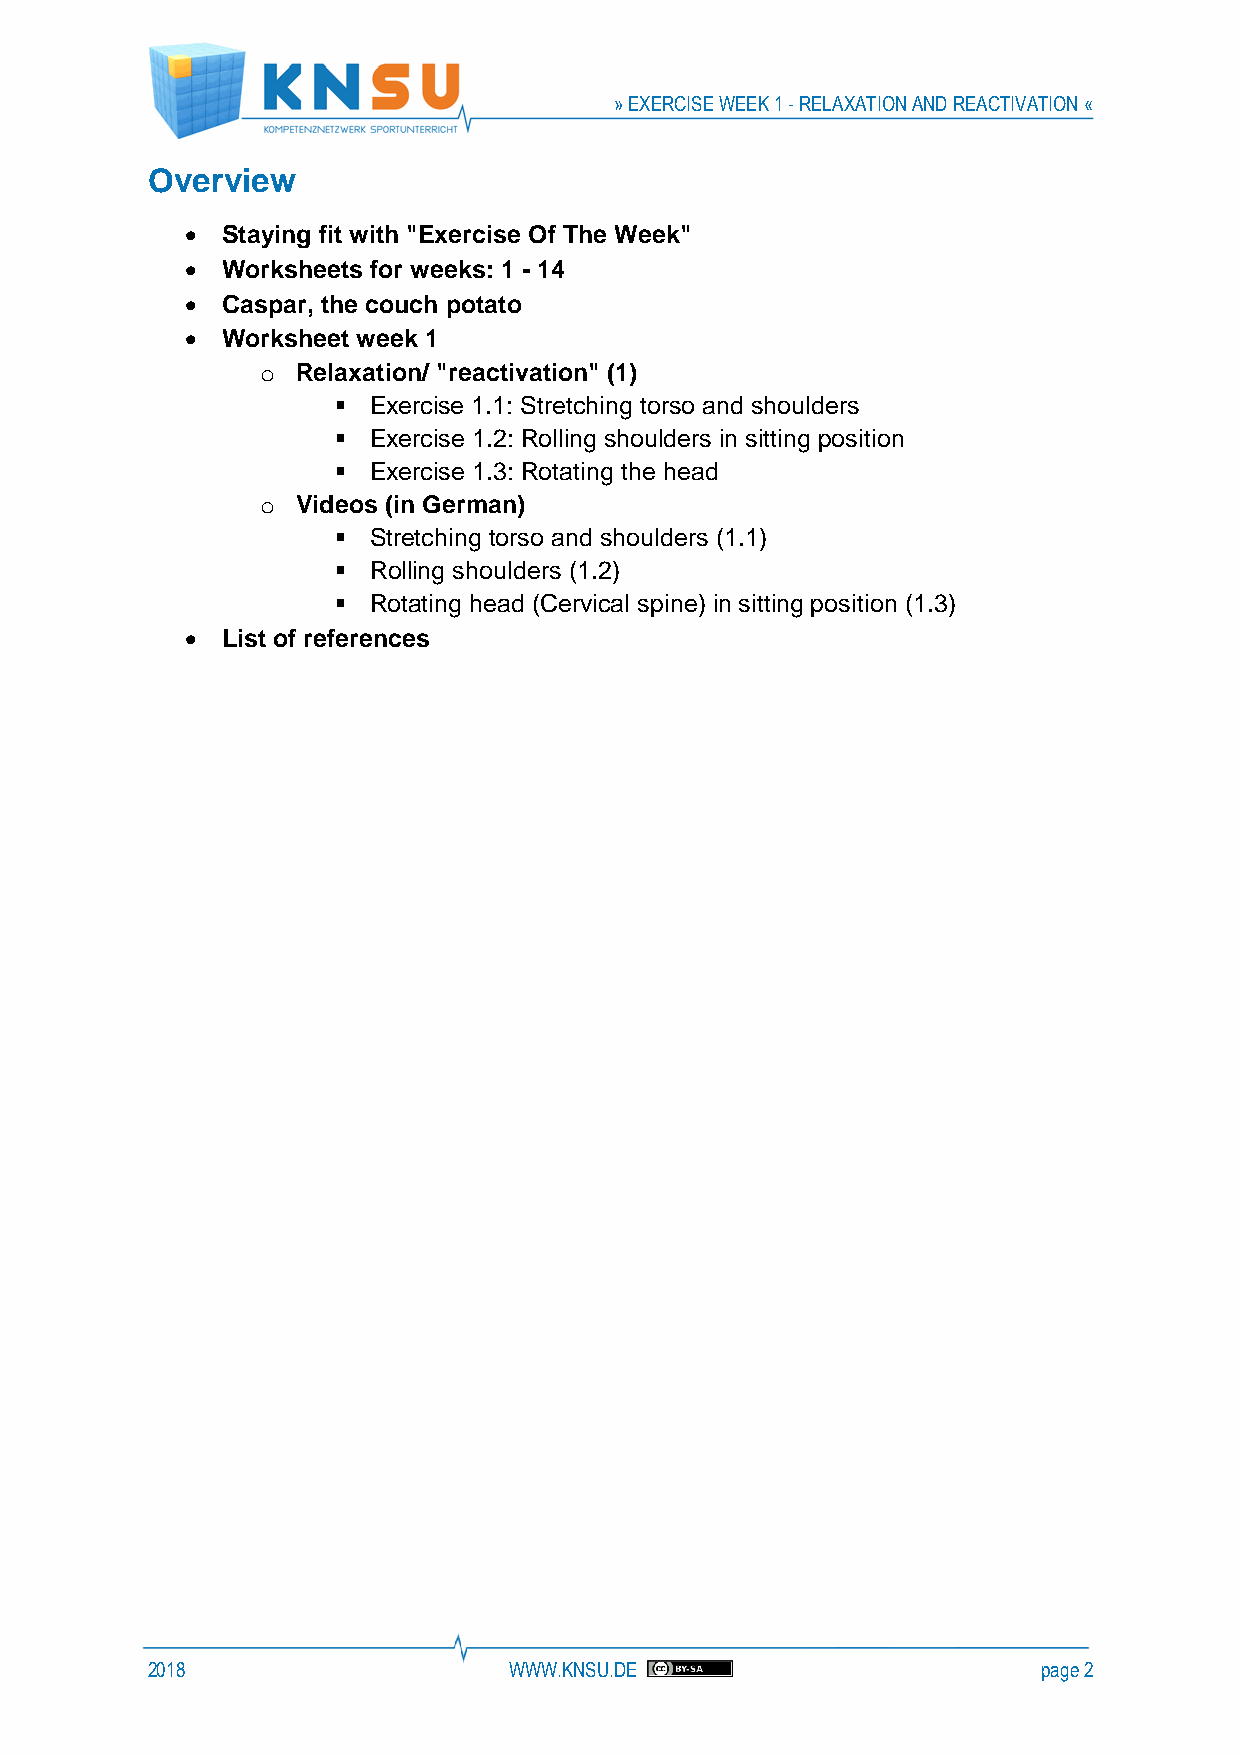
» EXERCISE WEEK 1 - RELAXATION AND REACTIVATION «
 Overview
 •  Staying fit with "Exercise Of The Week"
 •  Worksheets for weeks: 1 - 14
 •  Caspar, the couch potato
 •  Worksheet week 1
 o  Relaxation/ "reactivation" (1)
 ▪ Exercise 1.1: Stretching torso and shoulders
 ▪ Exercise 1.2: Rolling shoulders in sitting position
 ▪ Exercise 1.3: Rotating the head
 o  Videos (in German)
 ▪ Stretching torso and shoulders (1.1)
 ▪ Rolling shoulders (1.2)
 ▪ Rotating head (Cervical spine) in sitting position (1.3)
 •  List of references
 2018                    WWW.KNSU.DE                        page 2